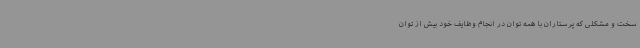
سخت و مشکلی که پرستاران با همه توان در انجام وظایف خود بیش از توان